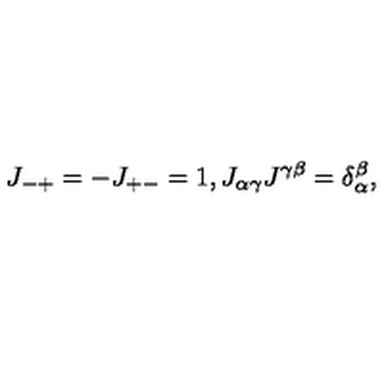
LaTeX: J _ { - + } = - J _ { + - } = 1 , J _ { \alpha \gamma } J ^ { \gamma \beta } = \delta _ { \alpha } ^ { \beta } ,